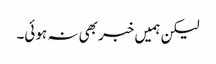
لیکن ہمیں خبر بھی نہ ہوئی۔